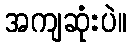
အကျဆုံးပဲ။